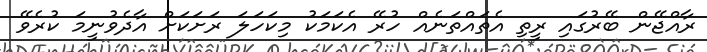
ރާއްޖޭން ބޭރުގައި ރީތި އެތައްތަނެއް ހުރޭ އެކަމަކު މިކަހަލަ ރަށަކަށް އާދެވުނީމަ ކުރެވޭ